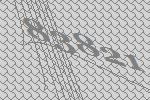
83821